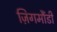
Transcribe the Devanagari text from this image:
ज़िगमौंडी